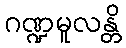
ဂဏ္ဍမူလန္တိ